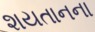
શયતાનના